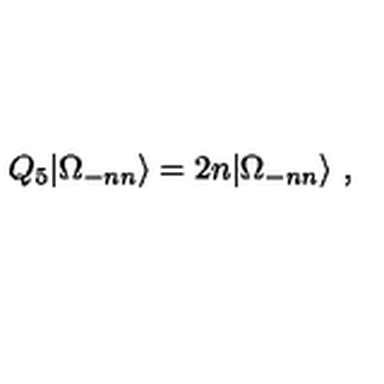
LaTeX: Q _ { 5 } | \Omega _ { - n n } \rangle = 2 n | \Omega _ { - n n } \rangle \ ,